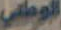
الوطني